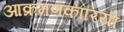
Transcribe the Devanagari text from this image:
आक्रमणकारियोंं